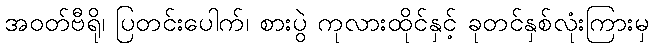
အဝတ်ဗီရို၊ ပြတင်းပေါက်၊ စားပွဲ ကုလားထိုင်နှင့် ခုတင်နှစ်လုံးကြားမှ